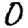
Digit: 0